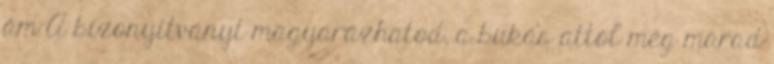
ám A bizonyítványt magyarázhatod, a bukás attól még marad